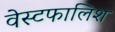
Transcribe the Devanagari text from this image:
वेस्टफालिश